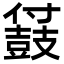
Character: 䵾